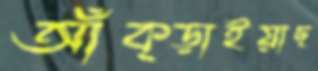
আঁক্‌ড়াইয়াছ